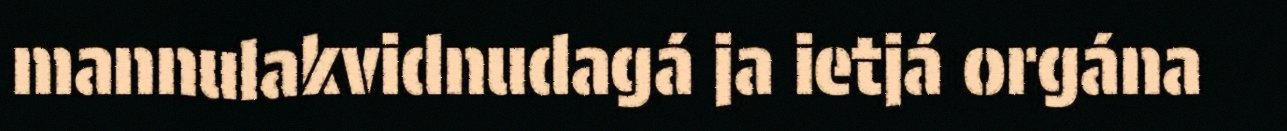
mannulakvidnudagá ja ietjá orgána